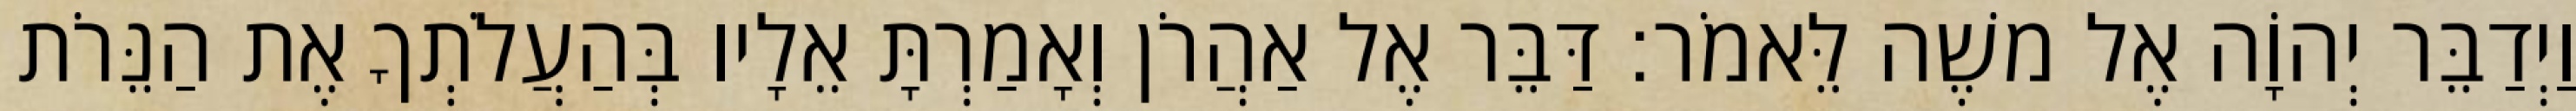
וַיְדַבֵּר יְהוָֹה אֶל משֶׁה לֵּאמֹר׃ דַּבֵּר אֶל אַהֲרֹן וְאָמַרְתָּ אֵלָיו בְּהַעֲלֹתְךָ אֶת הַנֵּרֹת